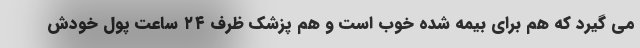
می گیرد که هم برای بیمه شده خوب است و هم پزشک ظرف ۲۴ ساعت پول خودش